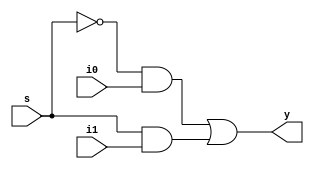
module mux2to1 (
	input s,
	input i0,
	input i1,
	output y);
	
	not n1(s_bar,s);
	
	and a1(w1,s_bar,i0);
	and a2(w2,s,i1);
	
	or o1(y,w1,w2);
	
endmodule